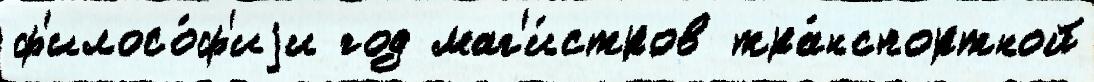
ф'илосо́ф'иjи год маг'и́стров тра́нспортной